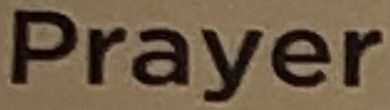
Prayers